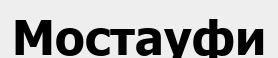
Мостауфи